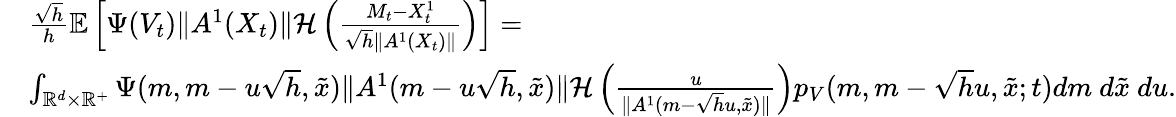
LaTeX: \begin{array}{rl}&{\frac{\sqrt{h}}{h}{\mathbb E}\left[\Psi(V_{t})\| A^{1}(X_{t})\| {\mathcal H}\left(\frac{M_{t}-{X_{t}^{1}}}{\sqrt{h}\| A^{1}(X_{t})\| }\right)\right]=}\\ &{\int_{{\mathbb R}^{d}\times\mathbb R^{+}}\Psi(m,m-u\sqrt{h},\tilde{x})\| A^{1}(m-u\sqrt{h},\tilde{x})\| {\mathcal H}\left(\frac{u}{\| A^{1}(m-\sqrt{h}u,\tilde{x})\| }\right)p_{V}(m,m-\sqrt{h}u,\tilde{x};t)dm~d\tilde{x}~du.}\end{array}